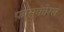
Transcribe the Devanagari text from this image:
फ़ास्फोरस